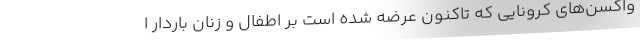
واکسن‌های کرونایی که تاکنون عرضه شده است بر اطفال و زنان باردار ا